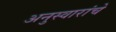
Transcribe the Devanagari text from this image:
अनुस्वारांचे